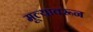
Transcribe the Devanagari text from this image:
मूल्यावरून